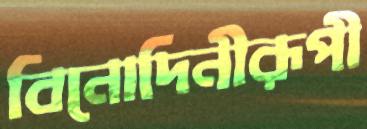
বিনোদিনীরূপী